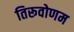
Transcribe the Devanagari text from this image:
तिरूवोणम